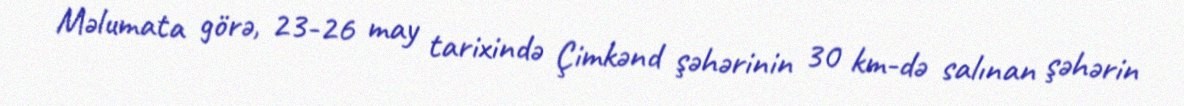
Məlumata görə, 23-26 may tarixində Çimkənd şəhərinin 30 km-də salınan şəhərin